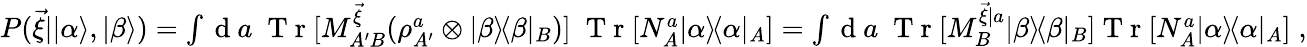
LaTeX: \begin{array}{r}{P(\vec{\xi}||\alpha\rangle,|\beta\rangle)=\int\mathrm{~d~}a\; \mathrm{~T~r~}[M_{A^{\prime}B}^{\vec{\xi}}(\rho_{A^{\prime}}^{a}\otimes|\beta\rangle\! \langle\beta|_{B})]\; \mathrm{~T~r~}[N_{A}^{a}|\alpha\rangle\! \langle\alpha|_{A}]=\int\mathrm{~d~}a\; \mathrm{~T~r~}[M_{B}^{\vec{\xi}|a}|\beta\rangle\! \langle\beta|_{B}]\mathrm{~T~r~}[N_{A}^{a}|\alpha\rangle\! \langle\alpha|_{A}]\; ,}\end{array}